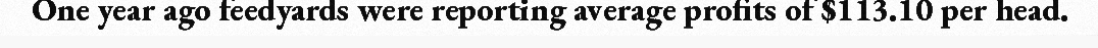
One year ago feedyards were reporting average profits of $113.10 per head.